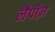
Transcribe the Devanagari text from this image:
लैपीज़